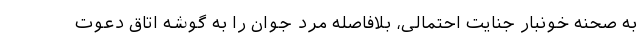
به صحنه خونبار جنایت احتمالی، بلافاصله مرد جوان را به گوشه اتاق دعوت